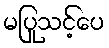
မပြုသင့်ပေ